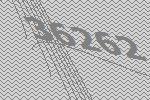
36262